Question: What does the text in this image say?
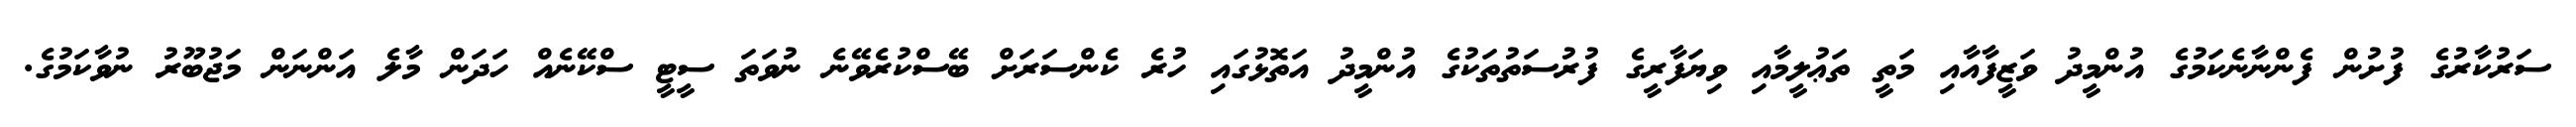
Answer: ސަރުކާރުގެ ފުށުން ފެންނާނެކަމުގެ އުންމީދު ވަޒީފާއާއި މަތީ ތަޢުލީމާއި ވިޔަފާރީގެ ފުރުސަތުތަކުގެ އުންމީދު އަތޮޅުގައި ހުރެ ކެންސަރަށް ބޭސްކުރެވޭނެ ނުވަތަ ސީޓީ ސްކޭނެއް ހަދަން މާލެ އަންނަން މަޖުބޫރު ނުވާކަމުގެ.